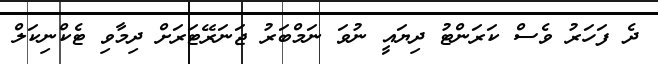
ދެ ފަހަރު ވެސް ކަރަންޓު ދިޔައީ ނުވަ ނަމްބަރު ޖަނަރޭޓަރަށް ދިމާވި ޓެކްނިކަލް